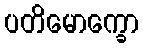
ပတိမောက္ခော